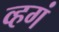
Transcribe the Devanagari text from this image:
व्हगं